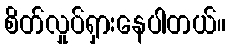
စိတ်လှုပ်ရှားနေပါတယ်။